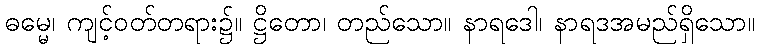
ဓမ္မေ၊ ကျင့်ဝတ်တရား၌။ ဋ္ဌိတော၊ တည်သော။ နာရဒေါ၊ နာရဒအမည်ရှိသော။